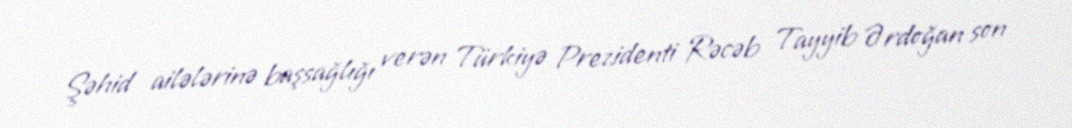
Şəhid ailələrinə başsağlığı verən Türkiyə Prezidenti Rəcəb Tayyib Ərdoğan son